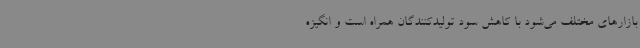
بازارهای مختلف می‌شود با کاهش سود تولیدکنندگان همراه است و انگیزه